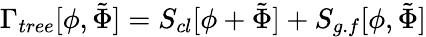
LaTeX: \Gamma_{tree}[\phi,\tilde{\Phi}]=S_{cl}[\phi+\tilde{\Phi}]+S_{g.f}[\phi,\tilde{\Phi}]